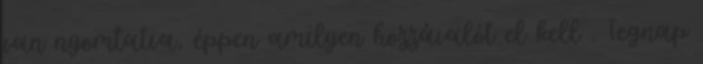
van nyomtatva, éppen amilyen hozzávalót el kell . Tegnap